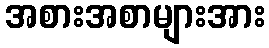
အစားအစာများအား